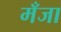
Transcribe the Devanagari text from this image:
मँजा